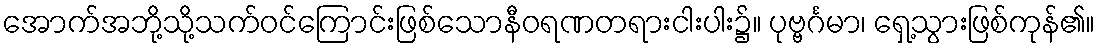
အောက်အဘို့သို့သက်ဝင်ကြောင်းဖြစ်သောနီဝရဏတရားငါးပါး၌။ ပုဗ္ဗင်္ဂမာ၊ ရှေ့သွားဖြစ်ကုန်၏။